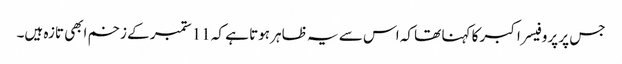
جس پر پروفیسر اکبر کا کہنا تھا کہ اس سے یہ ظاہر ہوتا ہے کہ 11 ستمبر کے زخم ابھی تازہ ہیں۔